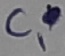
Text: C1